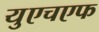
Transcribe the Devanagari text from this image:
युएचएफ